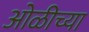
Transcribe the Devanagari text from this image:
ओळीच्या